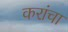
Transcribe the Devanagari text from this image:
करांचा